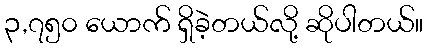
၃,၇၅၀ ယောက် ရှိခဲ့တယ်လို့ ဆိုပါတယ်။